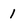
Character: 1